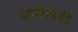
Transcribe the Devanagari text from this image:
आमिषेही